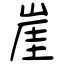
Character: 崖